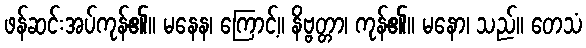
ဖန်ဆင်းအပ်ကုန်၏။ မနေန၊ ကြောင့်။ နိဗ္ဗတ္တာ၊ ကုန်၏။ မနော၊ သည်။ တေသံ